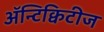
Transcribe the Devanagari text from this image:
अॅन्टिक्विटीज